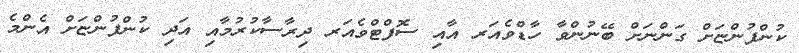
ކުންފުންޏަށް ގަންނަށް ބޭނުންވާ ހާޑްވެއަރ އާއި ސޮފްޓްވެއަރ ދިރާސާކުރުމާއި އަދި ކުންފުންޏަށް އެންމެ